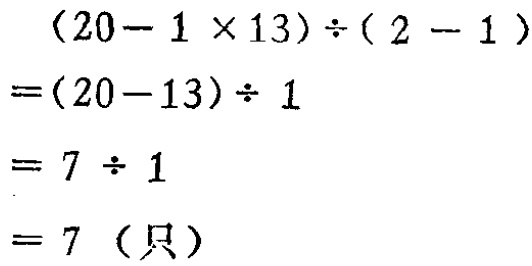
\[

\begin{align*}

&(20 - 1\times13)\div(2 - 1)\\

=&(20 - 13)\div1\\

=&7\div1\\

=&7 (\text{只})

\end{align*}

\]